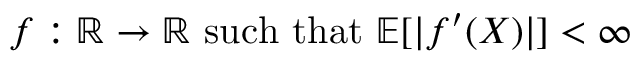
f : \mathbb { R } \to \mathbb { R } { \mathrm { ~ s u c h ~ t h a t ~ } } \mathbb { E } [ | f ^ { \prime } ( X ) | ] < \infty